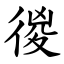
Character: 㣭